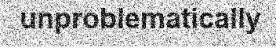
unproblematically